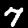
Digit: 7